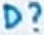
Text: D?